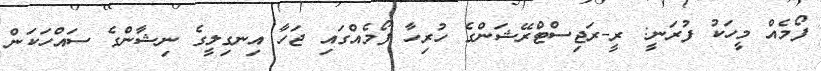
ފޯމެއް މީހަކު ފުރަނީ: ރީ-ރަޖިސްޓްރޭޝަންގެ ހުރިހާ ފޯމެއްގައި ޖަހާ އިނގިލީގެ ނިޝާންގެ ސައްހަކަން